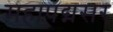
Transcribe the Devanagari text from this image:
महापद्मसर